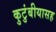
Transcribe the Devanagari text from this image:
कुटुंबीयासह